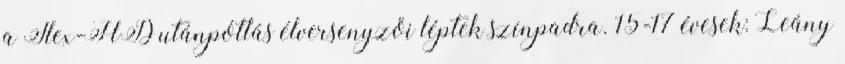
a Flex-HD utánpótlás élversenyzői léptek színpadra. 15-17 évesek: Leány